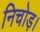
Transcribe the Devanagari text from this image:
निचोड़।